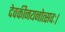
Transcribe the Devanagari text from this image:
देवकीनयनोत्सवः।